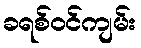
ခရစ်ဝင်ကျမ်း